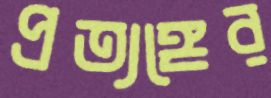
প্রত্যঙ্গের